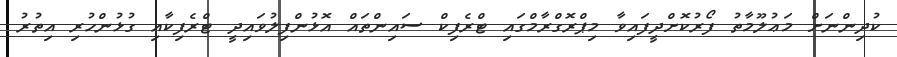
ކުދިންނަށް މަޢުލޫމާތު ފޯރުކޮށްދީފައިވާ މިޕްރޮގްރާމްގައި ޓްރެފިކް ސައިންތައް އޮޅުންފިލުވައިދީ ޓްރެފިކާއި ގުޅުންހުރި އިތުރު